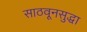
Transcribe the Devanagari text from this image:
साठवूनसुद्धा